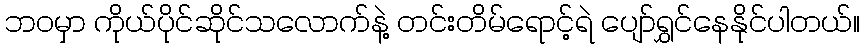
ဘဝမှာ ကိုယ်ပိုင်ဆိုင်သလောက်နဲ့ တင်းတိမ်ရောင့်ရဲ ပျော်ရွှင်နေနိုင်ပါတယ်။